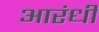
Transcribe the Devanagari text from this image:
आरंधीं